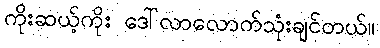
ကိုးဆယ့်ကိုး ဒေါ်လာလောက်သုံးချင်တယ်။